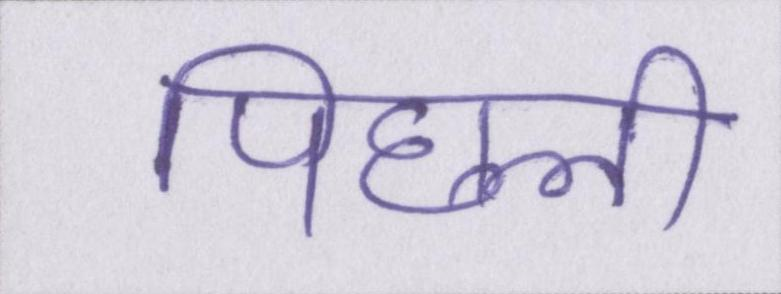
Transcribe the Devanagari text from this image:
पिछली